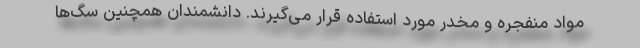
مواد منفجره و مخدر مورد استفاده قرار می‌گیرند. دانشمندان همچنین سگ‌ها